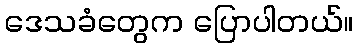
ဒေသခံတွေက ပြောပါတယ်။